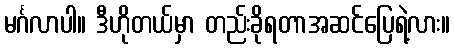
မင်္ဂလာပါ။ ဒီဟိုတယ်မှာ တည်းခိုရတာအဆင်ပြေရဲ့လား။